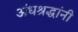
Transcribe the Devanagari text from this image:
अंधश्रद्धांनी